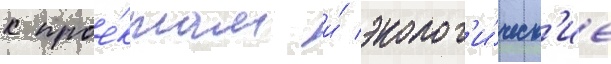
к прое́ктам и́ эколог'и́ческ'ие